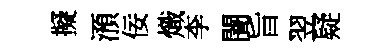
擬澦佞熾李闇旨翌疑